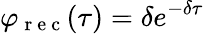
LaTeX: \varphi_{\mathrm{~r~e~c~}}(\tau)=\delta e^{-\delta\tau}